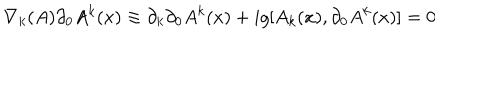
LaTeX: \nabla _ { k } ( A ) { \partial _ { 0 } A ^ { k } } ( x ) \equiv \partial _ { k } \partial _ { 0 } A ^ { k } ( x ) + i g [ A _ { k } ( x ) , \partial _ { 0 } A ^ { k } ( x ) ] = 0